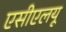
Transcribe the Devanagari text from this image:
एसीएलयू